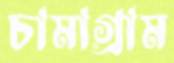
চামাগ্রাম